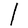
Character: l